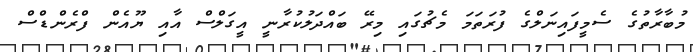
މުބާރާތުގެ ސެމީފައިނަލްގެ ފުރަތަމަ މެޗުގައި މިރޭ ބައްދަލުކުރާނީ އީގަލްސް އާއި ޔޫއެން ފްރެންޑްސް